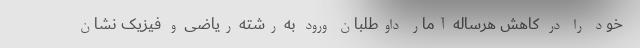
خود را در کاهش هرساله آمار داوطلبان ورود به رشته ریاضی و فیزیک نشان